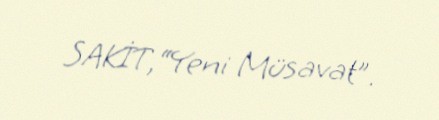
SAKİT,“Yeni Müsavat”.